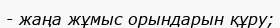
- жаңа жұмыс орындарын құру;